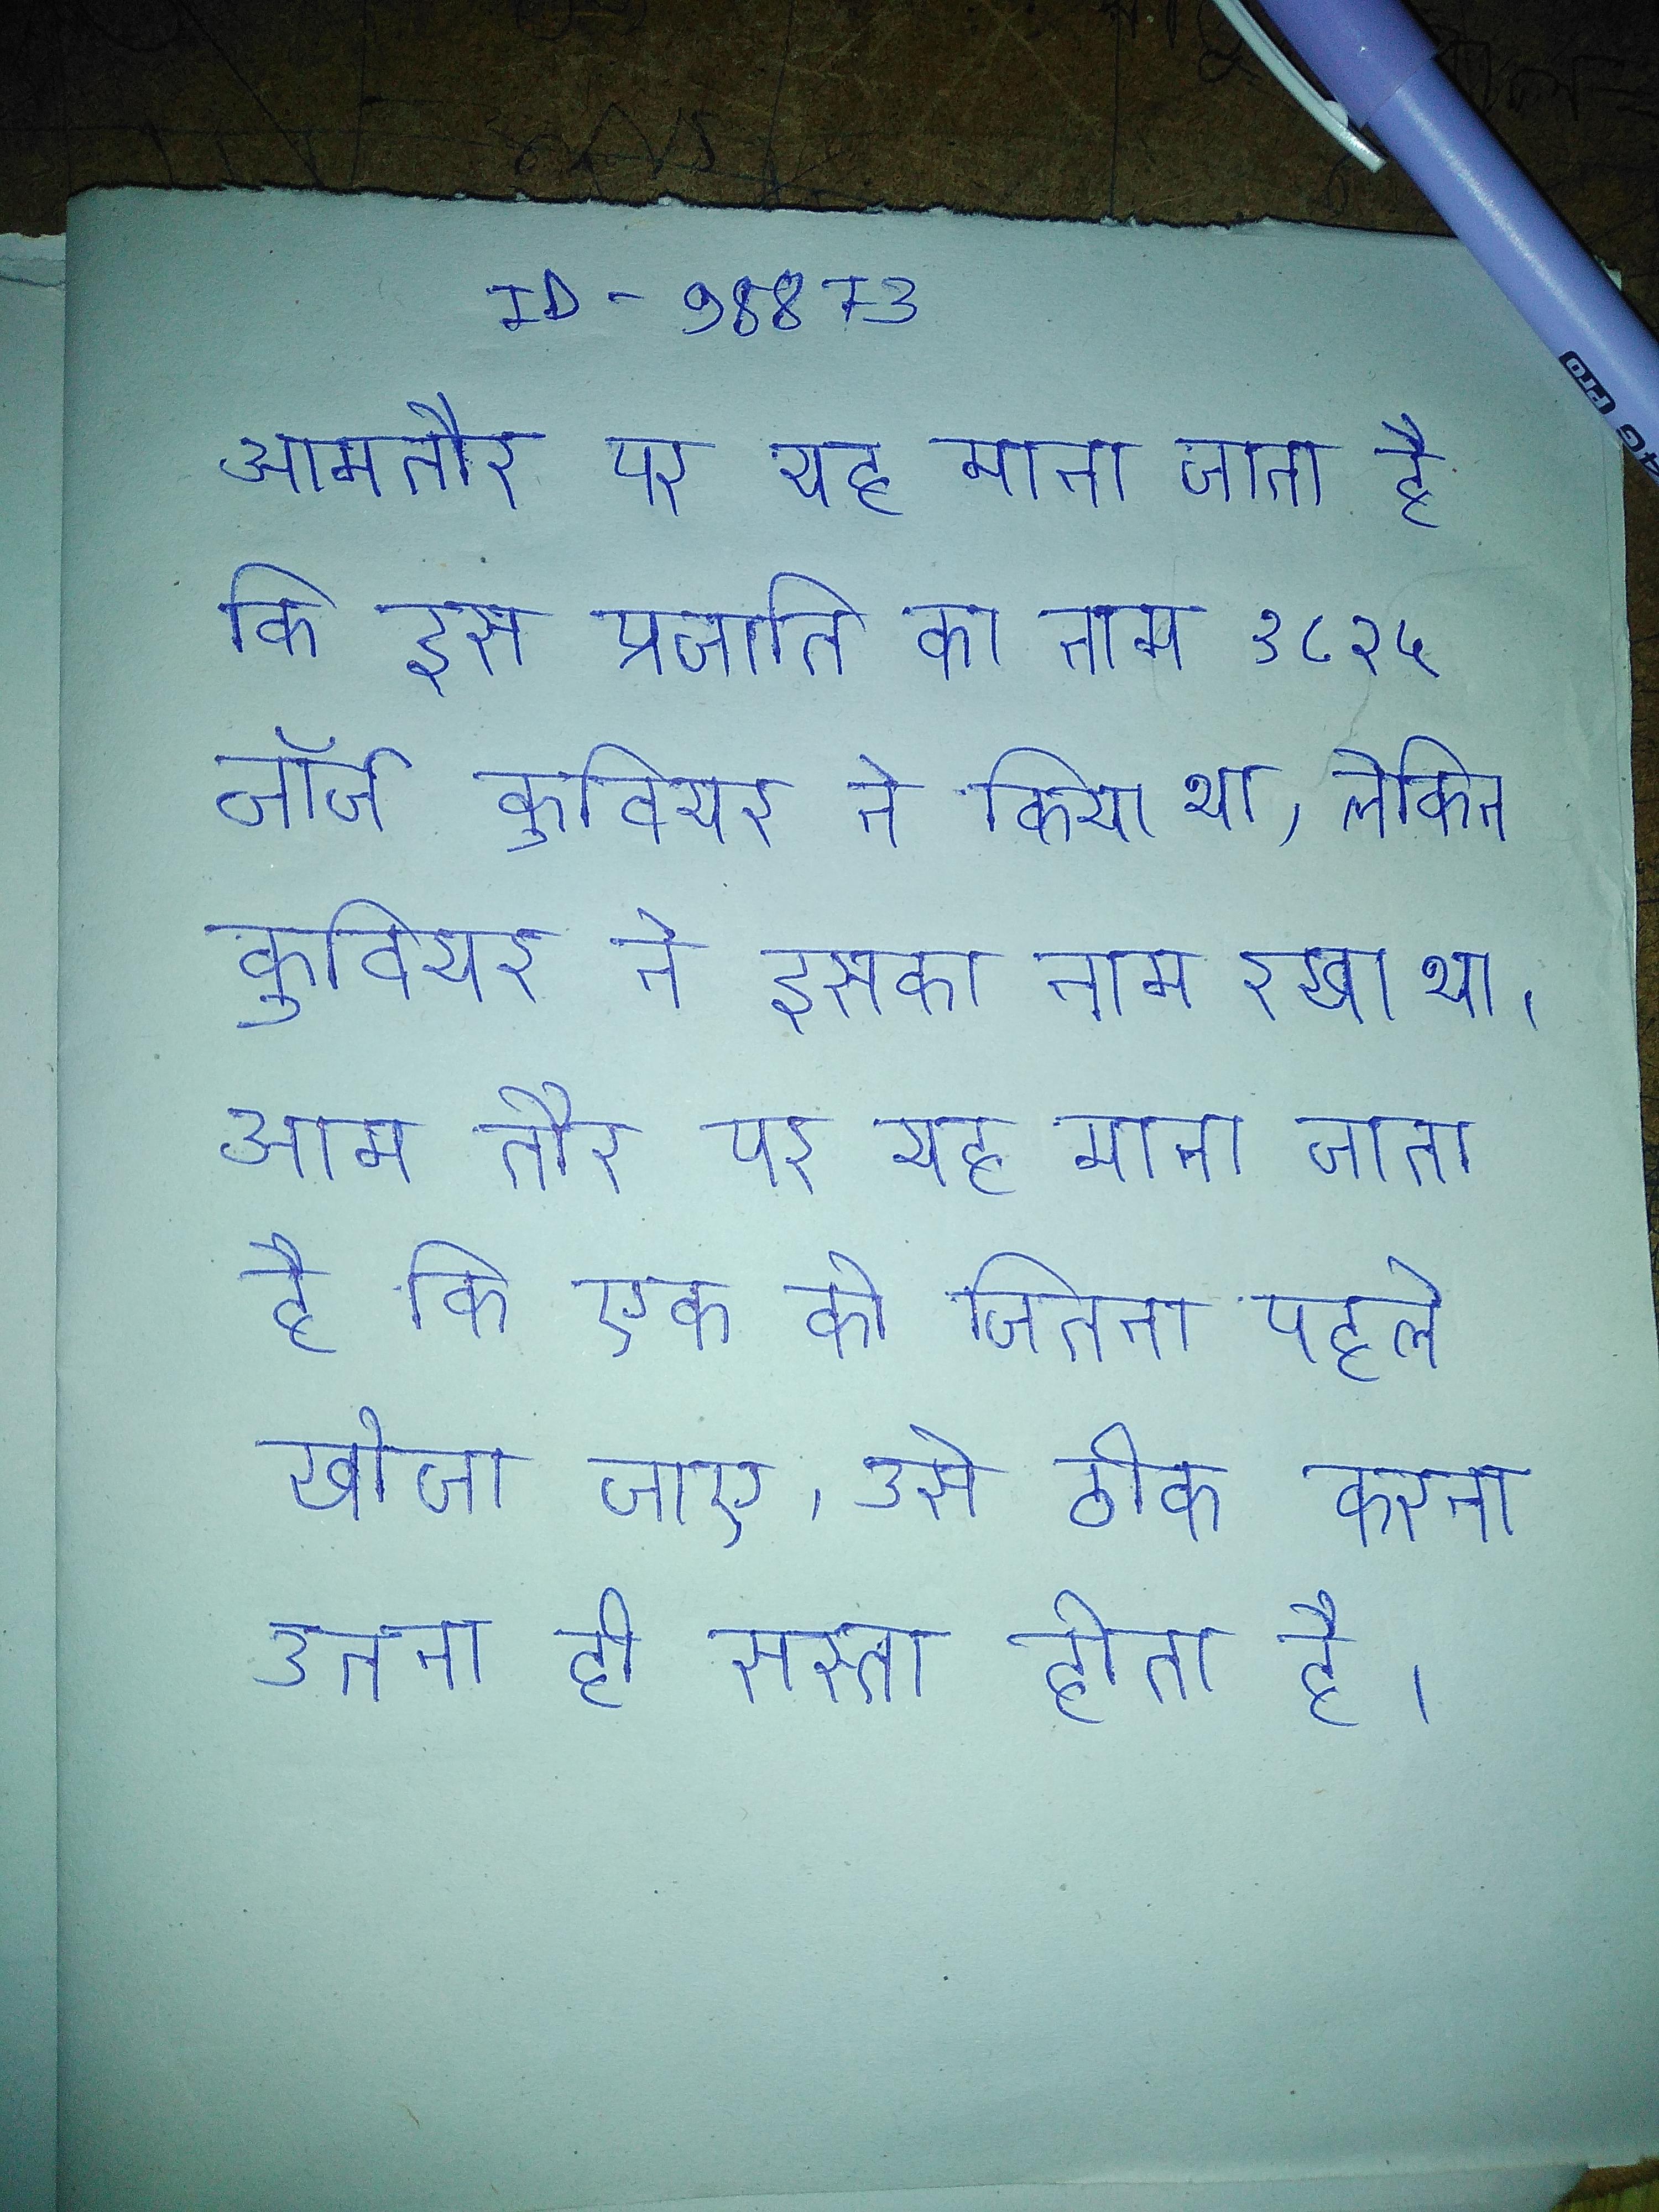
आमतौर पर यह माना जाता है कि इस प्रजाति का नाम १८२५ जॉर्ज कुवियर ने किया था, लेकिन कुवियर ने इसका नाम रखा था । आम तौर पर यह माना जाता है कि एक को जितना पहले खोजा जाए, उसे ठीक करना उतना ही सस्ता होता है ।